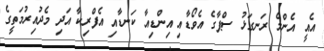
އެއީ އެންމެ ރަނގަޅު ސްޕާގެ އެވޯޑާއި އިންޑިއާ ކަނޑާއި އެފްރިކާ އަދި މެދުއިރުމަތީގެ